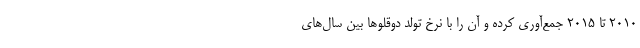
2010 تا 2015 جمع‌آوری کرده و آن را با نرخ تولد دوقلوها بین سال‌های